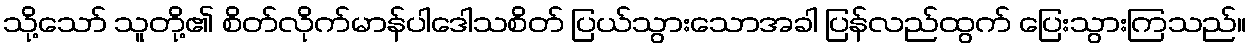
သို့သော် သူတို့၏ စိတ်လိုက်မာန်ပါဒေါသစိတ် ပြယ်သွားသောအခါ ပြန်လည်ထွက် ပြေးသွားကြသည်။